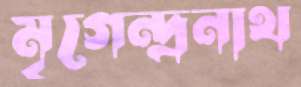
মৃগেন্দ্রনাথ